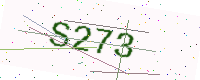
Text: S273